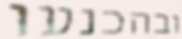
ובהכנעו